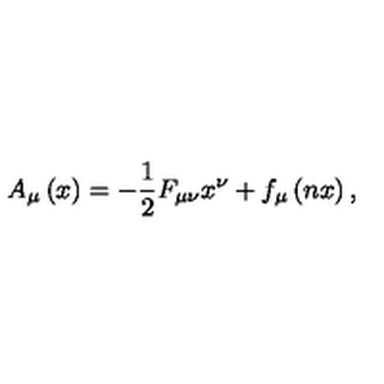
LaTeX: A _ { \mu } \left( x \right) = - \frac 1 2 F _ { \mu \nu } x ^ { \nu } + f _ { \mu } \left( n x \right) ,